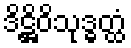
ဒိဋ္ဌိဝိသုဒ္ဓတ္ထံ